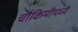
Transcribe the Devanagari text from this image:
चौकिमीमध्ये